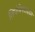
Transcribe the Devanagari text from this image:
लिपोपेपटाइडस